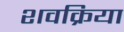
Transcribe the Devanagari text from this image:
शवक्रिया